Indian journal of veterinary science and animal husbandry - Volume 13,
Year: 1943
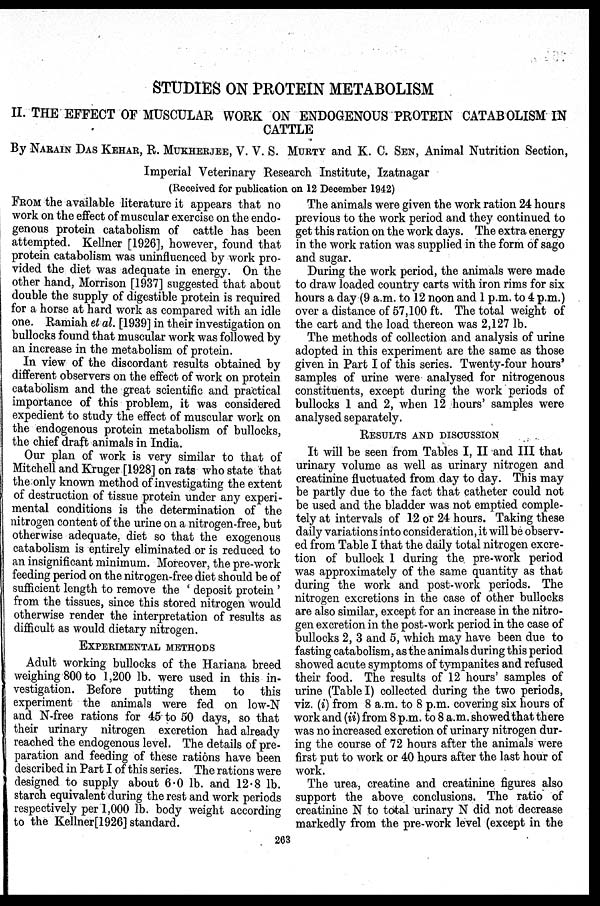
STUDIES ON PROTEIN METABOLISM
II. THE EFFECT OF MUSCULAR WORK ON ENDOGENOUS PROTEIN CATABOLISM IN
CATTLE
By NARAIN DAS KEHAR, R. MUKHERJEE, V. V. S. MURTY and K. C. SEN, Animal Nutrition Section,
Imperial Veterinary Research Institute, Izatnagar
(Received for publication on 12 December 1942)
FROM the available literature it appears that no
work on the effect of muscular exercise on the endo-
genous protein catabolism of cattle has been
attempted. Kellner [1926], however, found that
protein catabolism was uninfluenced by work pro-
vided the diet was adequate in energy. On the
other hand, Morrison [1937] suggested that about
double the supply of digestible protein is required
for a horse at hard work as compared with an idle
one. Ramiah et al. [1939] in their investigation on
bullocks found that muscular work was followed by
an increase in the metabolism of protein.
In view of the discordant results obtained by
different observers on the effect of work on protein
catabolism and the great scientific and practical
importance of this problem, it was considered
expedient to study the effect of muscular work on
the endogenous protein metabolism of bullocks,
the chief draft animals in India.
Our plan of work is very similar to that of
Mitchell and Kruger [1928] on rats who state that
the only known method of investigating the extent
of destruction of tissue protein under any experi-
mental conditions is the determination of the
nitrogen content of the urine on a nitrogen-free, but
otherwise adequate, diet so that the exogenous
catabolism is entirely eliminated or is reduced to
an insignificant minimum. Moreover, the pre-work
feeding period on the nitrogen-free diet should be of
sufficient length to remove the ' deposit protein '
from the tissues, since this stored nitrogen would
otherwise render the interpretation of results as
difficult as would dietary nitrogen.
EXPERIMENTAL METHODS
Adult working bullocks of the Hariana breed
weighing 800 to 1,200 lb. were used in this in-
vestigation. Before putting them to this
experiment the animals were fed on low-N
and N-free rations for 45 to 50 days, so that
their urinary nitrogen excretion had already
reached the endogenous level. The details of pre-
paration and feeding of these rations have been
described in Part I of this series. The rations were
designed to supply about 6.0 lb. and 12.8 lb.
starch equivalent during the rest and work periods
respectively per 1,000 lb. body weight according
to the Kellner[1926] standard.
The animals were given the work ration 24 hours
previous to the work period and they continued to
get this ration on the work days. The extra energy
in the work ration was supplied in the form of sago
and sugar.
During the work period, the animals were made
to draw loaded country carts with iron rims for six
hours a day (9 a.m. to 12 noon and 1 p.m. to 4 p.m.)
over a distance of 57,100 ft. The total weight of
the cart and the load thereon was 2,127 lb.
The methods of collection and analysis of urine
adopted in this experiment are the same as those
given in Part I of this series. Twenty-four hours'
samples of urine were analysed for nitrogenous
constituents, except during the work periods of
bullocks 1 and 2, when 12 hours' samples were
analysed separately.
RESULTS AND DISCUSSION
It will be seen from Tables I, II and III that
urinary volume as well as urinary nitrogen and
creatinine fluctuated from day to day. This may
be partly due to the fact that catheter could not
be used and the bladder was not emptied comple-
tely at intervals of 12 or 24 hours. Taking these
daily variations into consideration, it will be observ-
ed from Table I that the daily total nitrogen excre-
tion of bullock 1 during the pre-work period
was approximately of the same quantity as that
during the work and post-work periods. The
nitrogen excretions in the case of other bullocks
are also similar, except for an increase in the nitro-
gen excretion in the post-work period in the case of
bullocks 2, 3 and 5, which may have been due to
fasting catabolism, as the animals during this period
showed acute symptoms of tympanites and refused
their food. The results of 12 hours' samples of
urine (Table I) collected during the two periods,
viz. (i) from 8 a.m. to 8 p.m. covering six hours of
work and (ii) from 8 p.m. to 8 a.m. showed that there
was no increased excretion of urinary nitrogen dur-
ing the course of 72 hours after the animals were
first put to work or 40 hours after the last hour of
work.
The urea, creatine and creatinine figures also
support the above conclusions. The ratio of
creatinine N to total urinary N did not decrease
markedly from the pre-work level (except in the
263